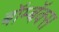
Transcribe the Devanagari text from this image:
बॉम्बॅक्स